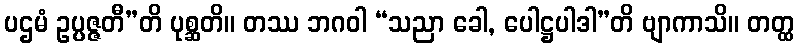
ပဌမံ ဥပ္ပဇ္ဇတီ”တိ ပုစ္ဆတိ။ တဿ ဘဂဝါ “သညာ ခေါ, ပေါဋ္ဌပါဒါ”တိ ဗျာကာသိ။ တတ္ထ